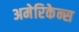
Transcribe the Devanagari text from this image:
अमेरिकेन्स